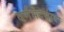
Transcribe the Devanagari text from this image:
वर्णभेदसंस्था